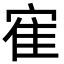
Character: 寉